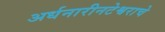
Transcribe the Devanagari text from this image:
अर्धनारीनटेश्वराचे